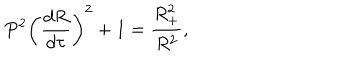
LaTeX: P ^ { 2 } \bigg ( \frac { d R } { d \tau } \bigg ) ^ { 2 } + 1 = \frac { R _ { + } ^ { 2 } } { R ^ { 2 } } ,